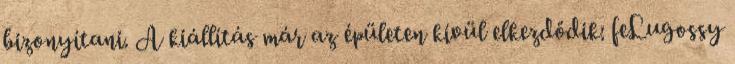
bizonyítani. A kiállítás már az épületen kívül elkezdődik: feLugossy